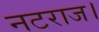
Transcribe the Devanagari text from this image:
नटराज।